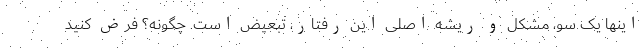
اینها یک سو، مشکل و ریشه اصلی این رفتار، تبعیض است. چگونه؟ فرض کنید